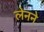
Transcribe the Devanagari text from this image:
लेनने